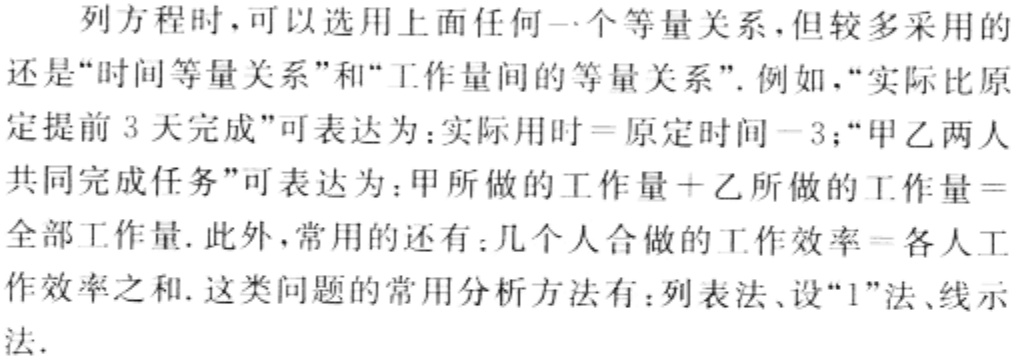
列方程时，可以选用上面任何一个等量关系，但较多采用的还是“时间等量关系”和“工作量间的等量关系”. 例如，“实际比原定提前 3 天完成”可表达为：实际用时=原定时间−3；“甲乙两人共同完成任务”可表达为：甲所做的工作量+乙所做的工作量=全部工作量. 此外，常用的还有：几个人合做的工作效率=各人工作效率之和. 这类问题的常用分析方法有：列表法、设“1”法、线示法.